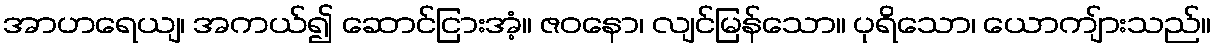
အာဟရေယျ၊ အကယ်၍ ဆောင်ငြားအံ့။ ဇဝနော၊ လျင်မြန်သော။ ပုရိသော၊ ယောကျ်ားသည်။